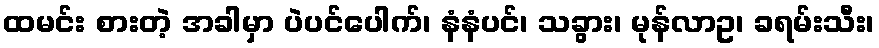
ထမင်း စားတဲ့ အခါမှာ ပဲပင်ပေါက်၊ နံနံပင်၊ သခွား၊ မုန်လာဥ၊ ခရမ်းသီး၊